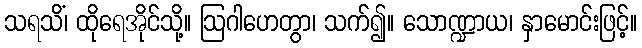
သရသိံ၊ ထိုရေအိုင်သို့။ ဩဂါဟေတွာ၊ သက်၍။ သောဏ္ဍာယ၊ နှာမောင်းဖြင့်။